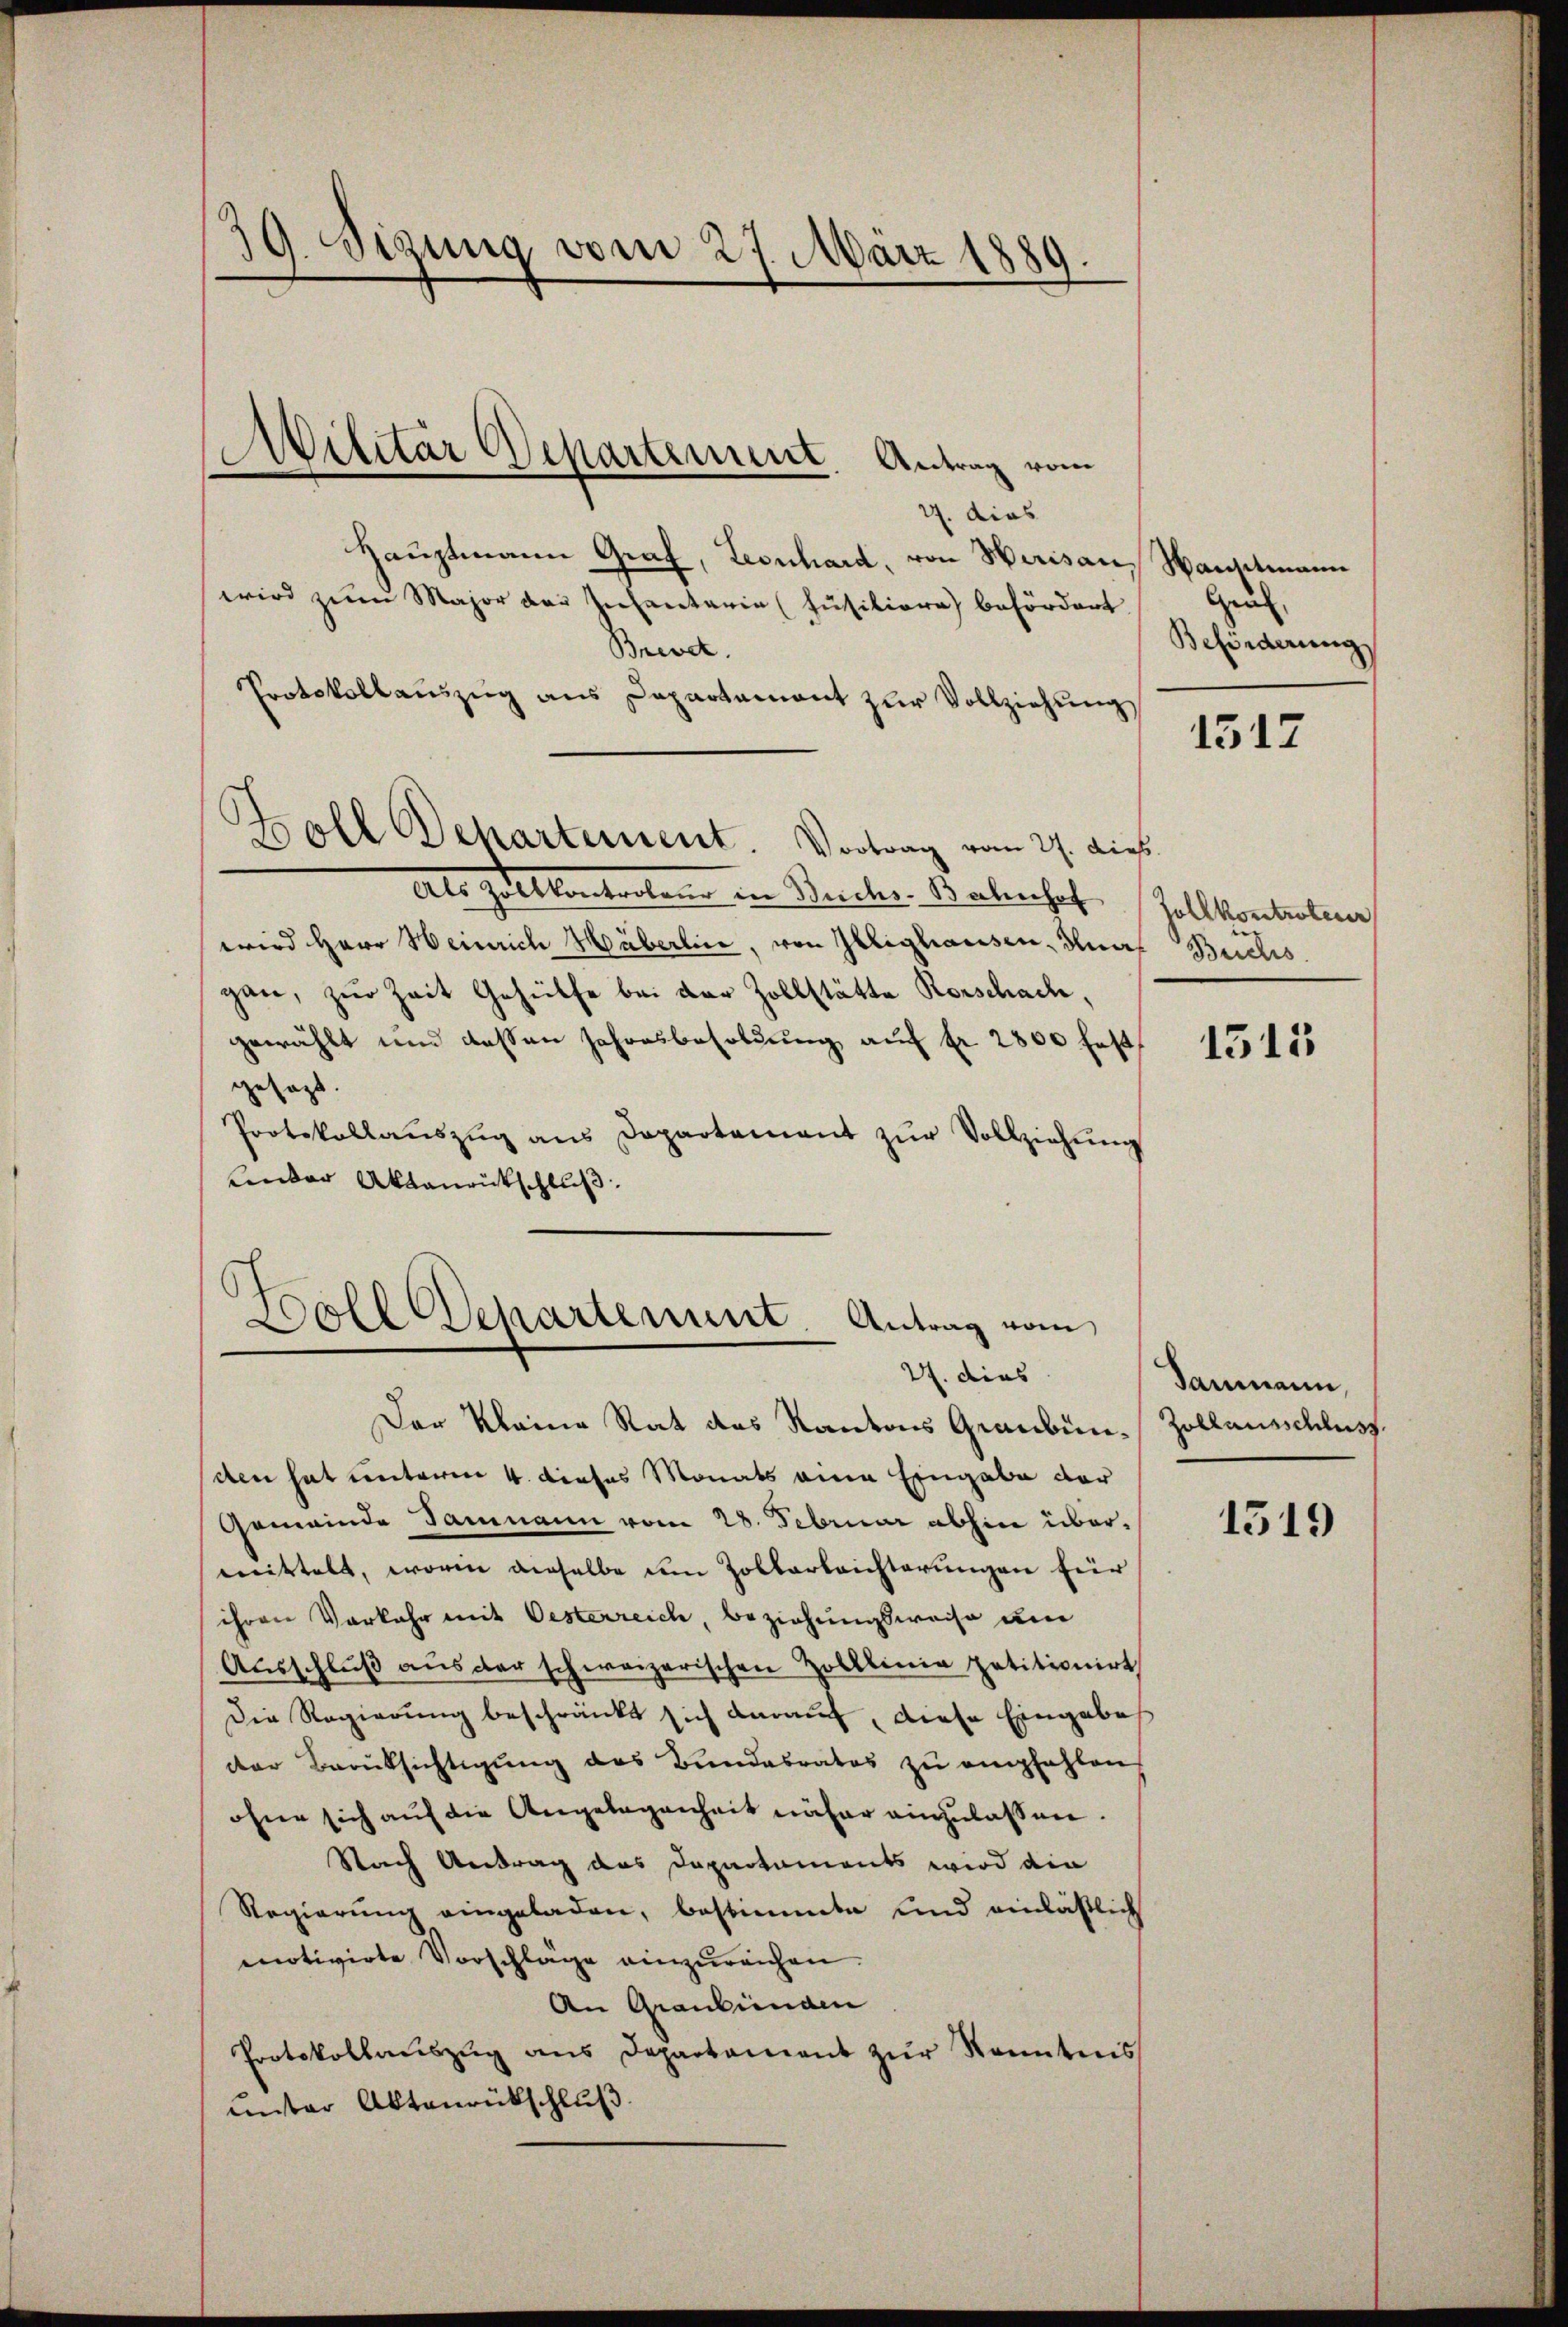
e
sg. Sizung vom 27. März 1889.

Abilitär Departement Antrag vom
.

27. dies
Hauptmann Graf, Leonhard, von Herisau, Naustmann
wird zum Major der Infantaria (Füsiliore befördert
Brevet.
Protokollaŭszŭg ans Departament zŭr Vollziehŭng
Als hieltententen in Bercher Bahnhof
wird Herr Heinrich Häberline, von Glighausen, duas Buchs
gan, zur Zeit Gehülfe bei der Zollstätte Rorschach,
gewählt und dessen Jahresbesoldung auf fr. 2800 festgesagt.
Protokollaŭszŭg ans Departament zŭr Vollziehung
Kinder Aktenrückschluß.

Boll Departement. Vortrag vom 27. dies

Boll Departement. Antrag vom
27. dies

Der kleine Rat des Kantons Graubünden hat unterm 4. dieses Monats eine Eingabe der
Gemeinde Daumann vom 28. Februar abhin übermittelt, worin dieselbe dem Zolbertrichterungen für
ihren Vorkehr mit Oesterreich, Beziehungsweise um
Ausschluß aus der schweizerischen Zolklinie petitionirt
Die Regierung beschränkt sich darauf, diese Eingabes
der Berüksichtigung des Bundesrates zu empfahlen
ohne sich auf die Angelegenheit näher einzulassen.
Nach Antrag das Departements wird die
Regierung eingeladen, bestimmte und einläßlich
motivirte Vorschläge einzureichen.
An Graubünden
Protokollaŭszŭg ans Departament zŭr Kenntnis
unter Aktenrückschluß.

Heu
Beförderung

1517

hollkontrateur

1515

dammann,
Zollausschluss.

1519